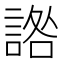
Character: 䛮